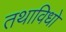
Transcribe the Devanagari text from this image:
तथाविधो